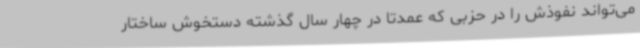
می‌تواند نفوذش را در حزبی که عمدتا در چهار سال گذشته دستخوش ساختار